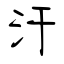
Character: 汗